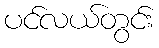
ပင်လယ်တွင်း